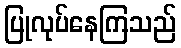
ပြုလုပ်နေကြသည်